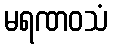
မရဏဝသံ